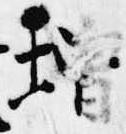
増